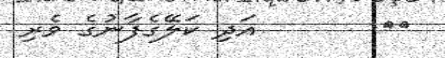
٢٧       އަދި ކަލޭގެފާނުގެ ވެރި